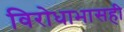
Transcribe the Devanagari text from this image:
विरोधाभासही